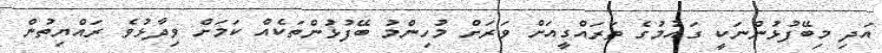
އަދި މިބޭފުޅުންނަކީ ގައުމުގެ ތަރައްގީއަށް ވަރަށް މުހިންމު ބޭފުޅުންތަކެއް ކަމަށް ވިދާޅުވެ ރައްޔިތުން